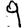
Digit: 9